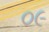
૦૯